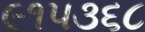
૯૧૫૩૬૮